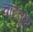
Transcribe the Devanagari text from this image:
चाटवून